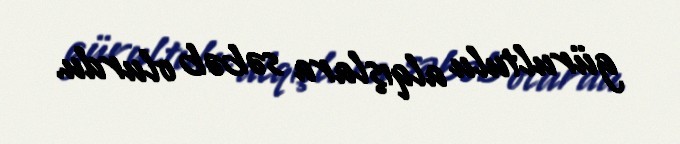
gürultulu alqışlara səbəb olurdu.